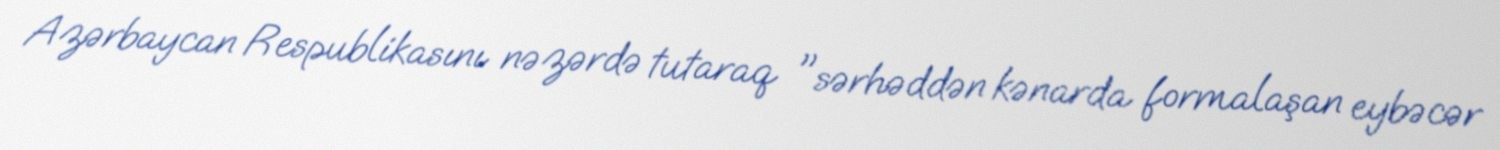
Azərbaycan Respublikasını nəzərdə tutaraq "sərhəddən kənarda formalaşan eybəcər